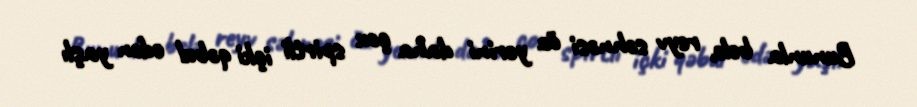
Bununla belə, reyv səhnəsi öz yerini daha çox spirtli içki qəbul edən yaşlı